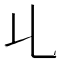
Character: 𠃏